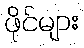
ဖိုင်များ